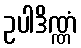
ဥပါဒိဏ္ဏံ